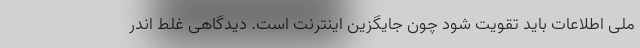
ملی اطلاعات باید تقویت شود چون جایگزین اینترنت است. دیدگاهی غلط اندر